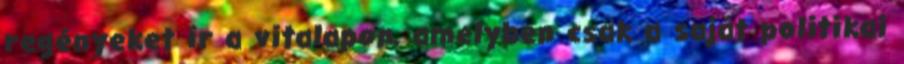
regényeket ír a vitalapon, amelyben csak a saját politikai